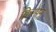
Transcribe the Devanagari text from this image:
किरपन